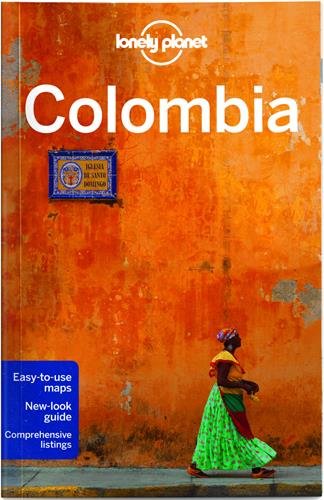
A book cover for Lonely Planet Colombia (Travel Guide); Lonely Planet; Cookbooks, Food & Wine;